Vaccination in Bombay 1913-1923 - 1913-1923
Year: 1913
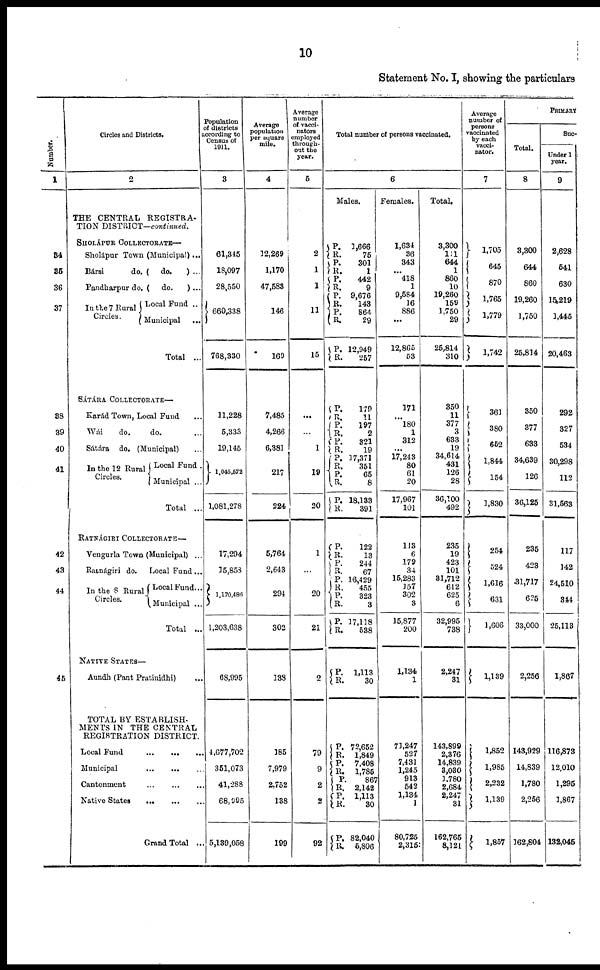
10
Statement No. I, showing the particulars
Number.
1
84
86
36
37
38
39
40
41
42
43
44
45
Circles and Districts.
2
THE CENTRAL REGISTRA-
TION DISTRICT—continued.
SHOLÁPUR COLLECTORATE—
Sholápur Town (Municipal) ...
Bársi
do. ( do.
) ...
Pandharpur do. ( do.
) ...
In the 7 Rural
Circles.
Local Fund ..
Municipal ...
Total ...
SÁTÁRA COLLECTORATE—
Karád Town, Local Fund ...
Wái
do.
do. ...
Sátára do. (Municipal) ...
In the 12 Rural
Circles.
Local Fund .
Municipal ...
Total ...
RATNÁGIRI COLLECTORATE—
Vengurla Town (Municipal) ...
Ratnágiri do. Local Fund ...
In the 8 Rural
Circles.
Local Fund...
Municipal ...
Total ...
NATIVE STATES—
Aundh (Pant Pratinidhi) ...
TOTAL BY ESTABLISH-
MENTS IN THE CENTRAL
REGISTRATION DISTRICT.
Local Fund
...
...
...
Municipal
...
...
Cantonment
...
...
...
Native States
...
...
...
Grand Total ...
Population
of districts
according to
Census of
1911.
3
61,345
18,097
28,550
660,338
768,330
11,228
5,333
19,145
1,045,672
1,081,278
17,294
35,858
1,170,486
1,203,638
68,995
4,677,702
351,073
41,288
68,995
5,139,058
Average
population
per square
mile.
4
32,269
1,170
47,583
146
169
7,485
4,266
6,381
217
224
5,764
2,643
294
302
138
185
7,979
2,752
138
199
Average
number
of vacci¬
nators
employed
through-
out the
year.
5
2
1
1
11
15
...
...
1
19
20
1
...
20
21
2
79
9
2
2
92
Total number of persons vaccinated.
6
Males.
P.
R.
P.
R.
P.
R.
P
R.
P.
R.
P.
R.
1,666
75
301
1
442
9
9,676
143
864
29
12,949
257
P.
R.
P.
R.
P.
R.
P.
R.
P.
R.
P.
R.
179
11
197
2
321
19
17,371
351
65
8
18,133
391
P.
R.
P.
R.
P.
R.
P.
R.
P.
R.
122
13
244
67
16,429
455
323
3
17,118
538
P.
R.
1,113
30
P.
R.
P.
R.
P.
R.
P.
R.
P.
R.
72,652
1,849
7,408
1,785
867
2,142
1,113
30
82,040
5,806
Females.
1,634
36
343
... 418
1
9,584
16
886
...
12,865
53
171
... 180
1
312
...
17,243
80
61
20
17,967
101
113
6
179
34
15,283
157
302
3
15,877
200
1,134
1
71,247
527
7,431
1,245
913
542
1,134
1
80,725
2,315
Total.
3,300
111
644
1
860
10
19,260
159
1,750
29
25,814
310
350
11
377
3
633
19
34,614
431
126
28
36,100
492
235
19
423
101
31,712
612
625
6
32,995
738
2,247
31
143,899
2,376
14,839
3,030
1,780
2,684
2,247
31
162,765
8,121
Average
number of
persons
vaccinated
by each
vacci¬
nator.
7
1,705
645
870
1,765
1,779
1,742
361
380
652
1,844
154
1,830
254
524
1,616
631
1,606
1,139
1,852
1,985
2,232
1,139
1,857
PRIMARY
Total.
8
3,300
644
860
19,260
1,750
25,814
350
377
633
34,639
126
36,125
235
423
31,717
625
33,000
2,256
143,929
14,839
1,780
2,256
162,804
Suc¬
Under 1
year.
9
2,628
541
630
15,219
1,445
20,463
292
327
534
30,298
112
31,563
117
142
24,510
344
25,113
1,867
116,873
12,010
1,295
1,867
132,046